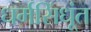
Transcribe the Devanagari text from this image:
धर्मसिंधूंत